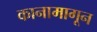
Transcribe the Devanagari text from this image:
कानामागून